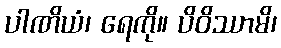
ပါဏိယံ၊ ရေကို။ ပိဝိဿာမိ၊